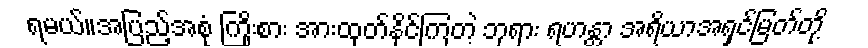
ရမယ်။အပြည့်အစုံ ကြိုးစား အားထုတ်နိုင်ကြတဲ့ ဘုရား ရဟန္တာ အရိယာအရှင်မြတ်တို့